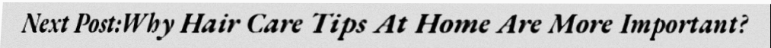
Next Post:Why Hair Care Tips At Home Are More Important?